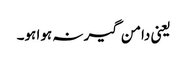
یعنی دامن گیر نہ ہوا ہو۔